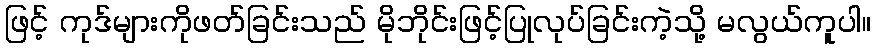
ဖြင့် ကုဒ်များကိုဖတ်ခြင်းသည် မိုဘိုင်းဖြင့်ပြုလုပ်ခြင်းကဲ့သို့ မလွယ်ကူပါ။